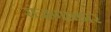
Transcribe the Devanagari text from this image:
रांजणाकार